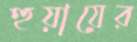
হুয়ায়ের